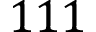
1 1 1